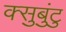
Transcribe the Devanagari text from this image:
क्सुबुंटु